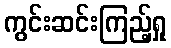
ကွင်းဆင်းကြည့်ရှု